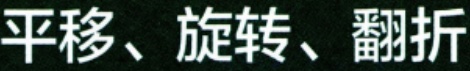
平移、旋转、翻折